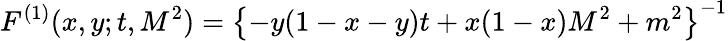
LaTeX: F^{(1)}(x,y;t,M^{2})=\left\{ -y(1-x-y)t+x(1-x)M^{2}+m^{2}\right\} ^{-1}